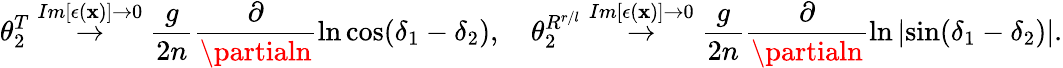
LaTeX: \theta_{2}^{T}\stackrel{Im[\epsilon(\mathbf{x})]\rightarrow0}{\rightarrow}\frac{{g}}{{2n}}\frac{{\partial}}{{\partialn}}\ln\cos(\delta_{1}-\delta_{2}),\ \ \ \ \theta_{2}^{R^{r/l}}\stackrel{Im[\epsilon(\mathbf{x})]\rightarrow0}{\rightarrow}\frac{{g}}{{2n}}\frac{{\partial}}{{\partialn}}\ln\left|\sin(\delta_{1}-\delta_{2})\right|.